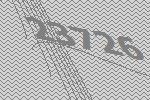
23726